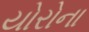
યોરોના